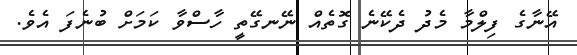
އޭނާގެ ފިލްމާ މެދު ދެކޭނެ ގޮތެއް ނޭނގޭތީ ހާސްވާ ކަމަށް ބުނެފަ އެވެ.